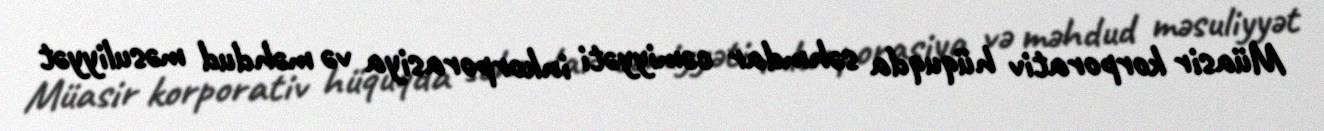
Müasir korporativ hüquqda səhmdar cəmiyyəti inkorporasiya və məhdud məsuliyyət